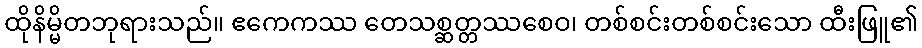
ထိုနိမ္မိတဘုရားသည်။ ဧကေကဿ တေသစ္ဆတ္တဿစေဝ၊ တစ်စင်းတစ်စင်းသော ထီးဖြူ၏